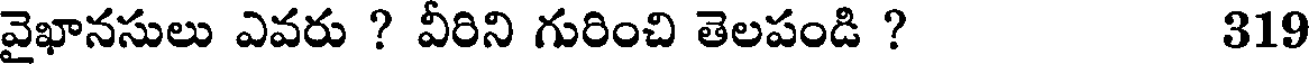
వైఖానసులు ఎవరు ? వీరిని గురించి తెలపండి ? 319